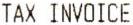
TAX INVOICE